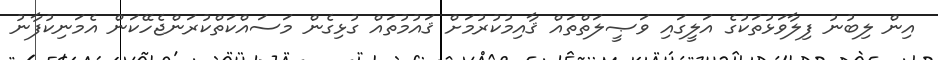
އިން ލިބުނު ފިލާވަޅުތަކުގެ އަލީގައި ވަޞީލަތްތައް ޤާއިމުކުރުމަށް ޤައުމުތައް ގުޅިގެން މަސައްކަތްކުރަންޖެހޭކަން އެމަނިކުފާނު